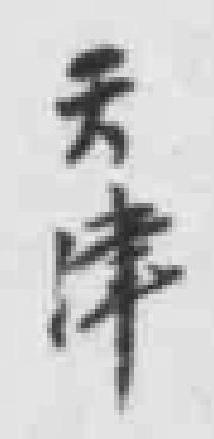
天津